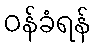
ဝန်ခံရန်